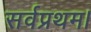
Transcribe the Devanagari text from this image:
सर्वप्रथम।